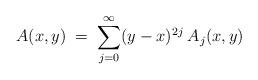
LaTeX: \begin{align*}A(x,y) \;=\; \sum_{j=0}^\infty (y-x)^{2j} \:A_j(x,y) \end{align*}